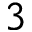
3